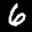
Label: 6